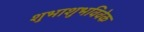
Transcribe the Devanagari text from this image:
शुभाशुभविवेक